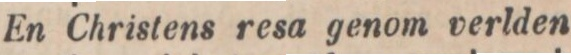
En Christens resa genom verlden